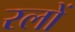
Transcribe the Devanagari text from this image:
रलों